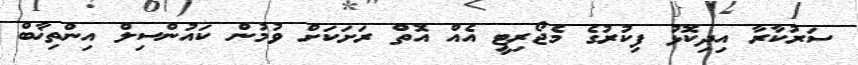
ސަރުކާރާ އިދިކޮޅު ފިކުރުގެ މެޖޯރިޓީ އެއް އޮތް ރަށަކަށް ވުމުން ކައުންސިލް އިންތިޚާބް